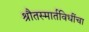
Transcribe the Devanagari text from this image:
श्रौतस्मार्तविधींचा